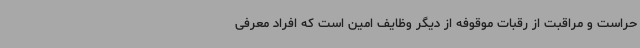
حراست و مراقبت از رقبات موقوفه از دیگر وظایف امین است که افراد معرفی